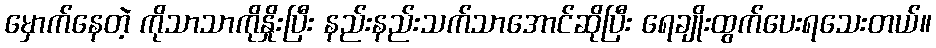
မှောက်နေတဲ့ ကိုသာသာကိုနှိုးပြီး နည်းနည်းသက်သာအောင်ဆိုပြီး ရေချိုးထွက်ပေးရသေးတယ်။